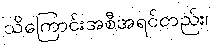
သိကြောင်းအစီအရင်တည်း၊